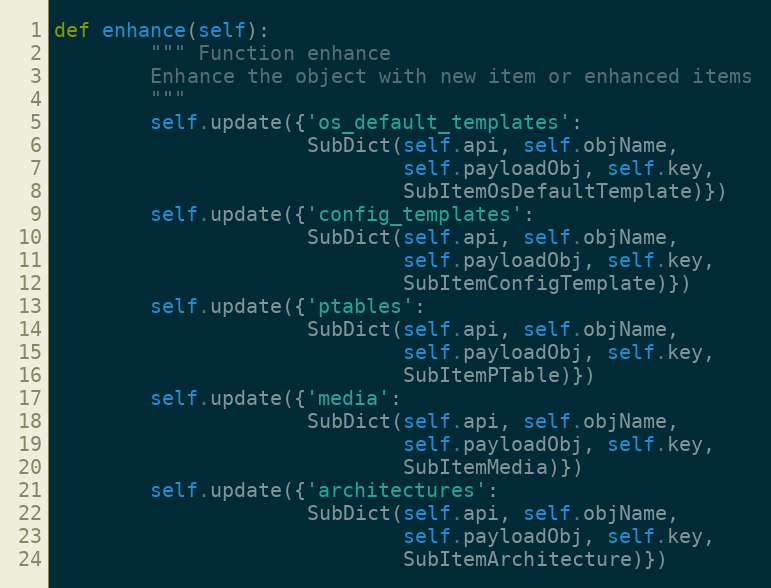
Language: Python
def enhance(self):
        """ Function enhance
        Enhance the object with new item or enhanced items
        """
        self.update({'os_default_templates':
                     SubDict(self.api, self.objName,
                             self.payloadObj, self.key,
                             SubItemOsDefaultTemplate)})
        self.update({'config_templates':
                     SubDict(self.api, self.objName,
                             self.payloadObj, self.key,
                             SubItemConfigTemplate)})
        self.update({'ptables':
                     SubDict(self.api, self.objName,
                             self.payloadObj, self.key,
                             SubItemPTable)})
        self.update({'media':
                     SubDict(self.api, self.objName,
                             self.payloadObj, self.key,
                             SubItemMedia)})
        self.update({'architectures':
                     SubDict(self.api, self.objName,
                             self.payloadObj, self.key,
                             SubItemArchitecture)})